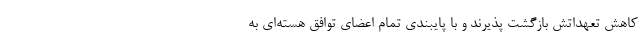
کاهش تعهداتش بازگشت پذیرند و با پایبندی تمام اعضای توافق هسته‌ای به